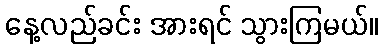
နေ့လည်ခင်း အားရင် သွားကြမယ်။